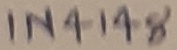
Text: IN4148